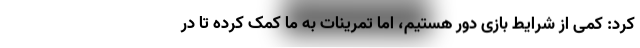
کرد: کمی از شرایط بازی دور هستیم، اما تمرینات به ما کمک کرده تا در